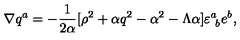
\nabla q ^ { a } = - { \frac { 1 } { 2 { \alpha } } } [ \rho ^ { 2 } + \alpha q ^ { 2 } - \alpha ^ { 2 } - \Lambda \alpha ] \varepsilon _ { \ b } ^ { a } e ^ { b } ,